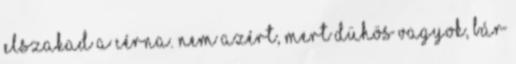
Elszakad a cérna. Nem azért, mert dühös vagyok, bár